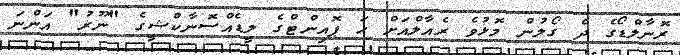
ރޮނާލްޑޯގެ ދެ ގޯލުން މޮޅުވެ ރެއާލްއަށް ހަ ޕޮއިންޓްގެ ލީޑެއްސޮނާކްޝީގެ "ނޫރު" އަންނަ